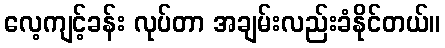
လေ့ကျင့်ခန်း လုပ်တာ အချမ်းလည်းခံနိုင်တယ်။